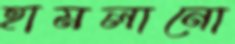
হামলানো